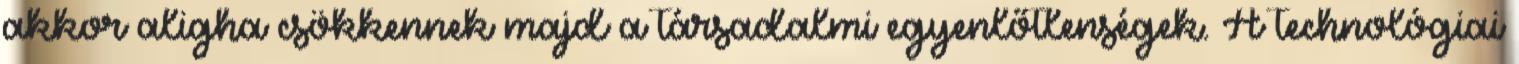
akkor aligha csökkennek majd a társadalmi egyenlőtlenségek. A technológiai